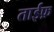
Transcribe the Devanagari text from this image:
ताईफ़